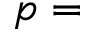
p =